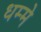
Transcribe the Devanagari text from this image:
धम्मे